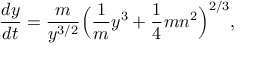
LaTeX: { \frac { d y } { d t } } = { \frac { m } { y ^ { 3 / 2 } } } \Big ( { \frac { 1 } { m } } y ^ { 3 } + { \frac { 1 } { 4 } } m n ^ { 2 } \Big ) ^ { 2 / 3 } ,